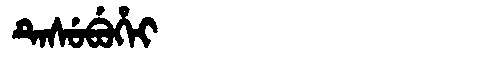
Manchu: ᡨᡝᠰᡠᠪᡠᡥᡝᡳ
Romanization: TESUBUHEI